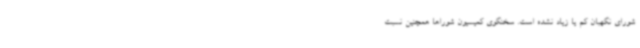
شورای نگهبان کم یا زیاد نشده است. سخنگوی کمیسیون شوراها همچنین نسبت